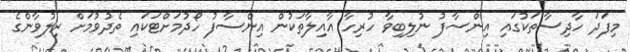
މިފަދަ ހާދިސާތަކުގައި އިންސާފު ނުލިބިވާ ހުރިހާ އާއިލާތަކުން އިންސާފު ހޯދުމަށްޓަކައި ތެދުވުމަށް ރިލުވާންގެ